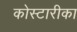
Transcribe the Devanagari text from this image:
कोस्टारीका